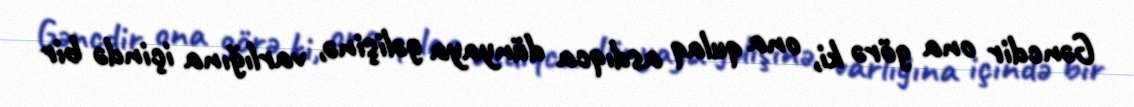
Gəncdir ona görə ki, ona qulaq asdıqca dünyaya gəlişinə, varlığına içində bir